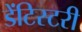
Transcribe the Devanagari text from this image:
डेंटिस्टरी